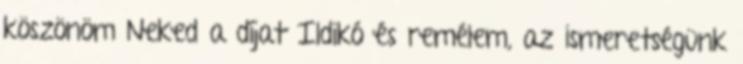
köszönöm Neked a díjat Ildikó és remélem, az ismeretségünk